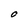
Character: O